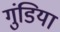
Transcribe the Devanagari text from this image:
गुंडिया